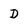
Character: D